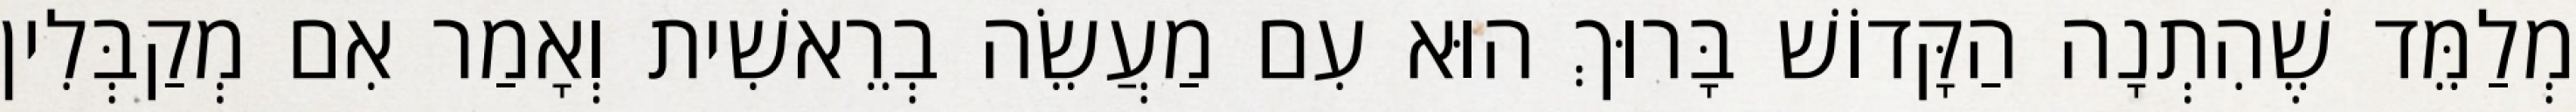
מְלַמֵּד שֶׁהִתְנָה הַקָּדוֹשׁ בָּרוּךְ הוּא עִם מַעֲשֵׂה בְרֵאשִׁית וְאָמַר אִם מְקַבְּלִין